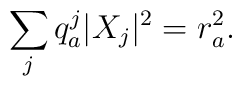
\sum_{j}q^j_a |X_{j}|^2=r^2_a.